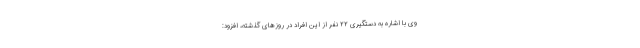
وی با اشاره به دستگیری ۲۲ نفر از این افراد در روزهای گذشته، افزود: